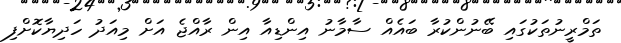
ތަމްރީނުތަކުގައި ބޭނުންކުރާ ބައެއް ސާމާނު އިންޑިއާ އިން ރާއްޖެ އަށް މިއަދު ހަދިޔާކޮށްފި